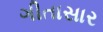
ગીતાસાર